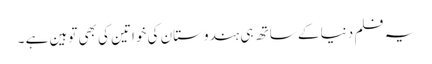
یہ فلم دنیا کے ساتھ ہی ہندوستان کی خواتین کی بھی توہین ہے ۔